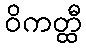
ဝိကတ္ထီ